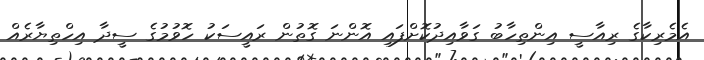
އެމެރިކާގެ ރިއާސީ އިންތިހާބު ގަވާއިދުކޮށްފައި އޮންނަ ގޮތުން ރައީސަކު ހޮވުމުގެ ސީދާ އިހްތިޔާރެއް